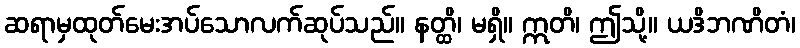
ဆရာမှထုတ်မေးအပ်သောလက်ဆုပ်သည်။ နတ္ထိ၊ မရှိ။ ဣတိ၊ ဤသို့။ ယဒိဘဏိတံ၊